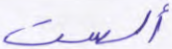
ألست